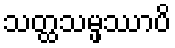
သတ္ထသမ္ဖဿာပိ